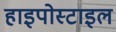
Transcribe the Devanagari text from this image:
हाइपोस्टाइल